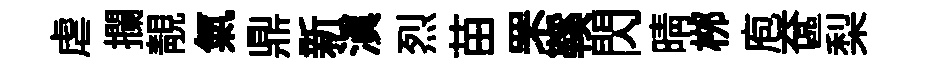
虐攔靚氣鼎新滇烈苗罘鞵閃晴桞庖奩梨